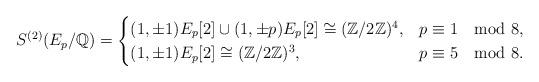
LaTeX: \begin{align*}S^{(2)}(E_{p}/\mathbb{Q})=\begin{cases}(1,\pm1)E_{p}[2]\cup(1,\pm p)E_{p}[2]\cong(\mathbb{Z}/2\mathbb{Z})^{4}, & p\equiv1\mod8,\\(1,\pm1)E_{p}[2]\cong(\mathbb{Z}/2\mathbb{Z})^{3}, & p\equiv5\mod8.\end{cases}\end{align*}